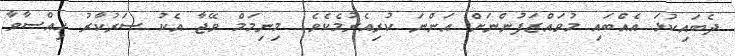
ދެބައިކުޅަ އެއްބައި މުވައްޒަފުންނަށް އަންނަ ކުރިއެރުމެކެވެ. މިނިމަމް ވޭޖާ އެކު ސަރުކާރު ހިއްސާވާ